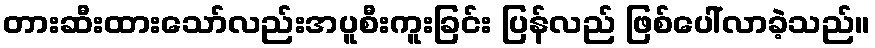
တားဆီးထားသော်လည်းအပူစီးကူးခြင်း ပြန်လည် ဖြစ်ပေါ်လာခဲ့သည်။